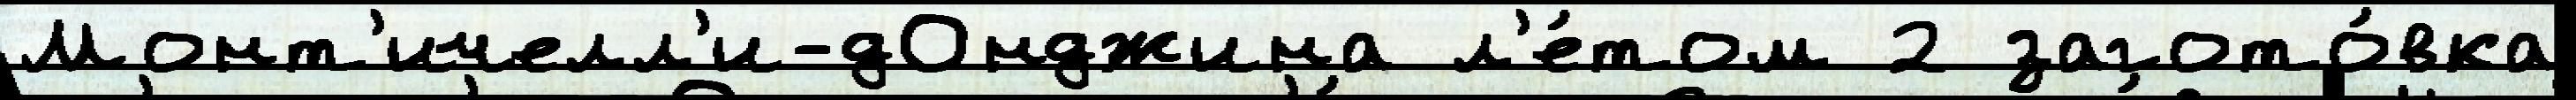
Монт'ичелл'и-дОнджина л'е́том 2 загото́вка